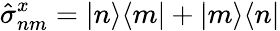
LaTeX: \hat{\sigma}_{nm}^{x}=|n\rangle\langle m|+|m\rangle\langle n|